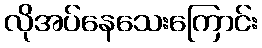
လိုအပ်နေသေးကြောင်း